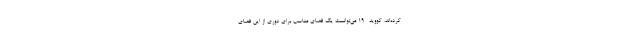
کرده‌اند، کووید- 19 می‌توانست یک فضای مناسب برای دوری از این فضای